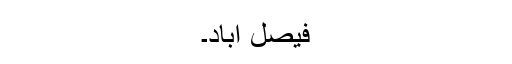
فیصل آباد۔